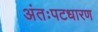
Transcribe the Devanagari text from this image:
अंतःपटधारण